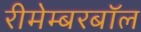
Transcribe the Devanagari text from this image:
रीमेम्बरबॉल